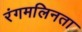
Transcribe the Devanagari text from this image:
रंगमलिनता